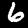
Label: 6